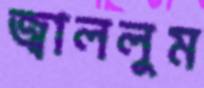
জ্বাললুম